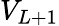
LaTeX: V_{L+1}